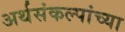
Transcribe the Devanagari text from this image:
अर्थसंकल्पांच्या